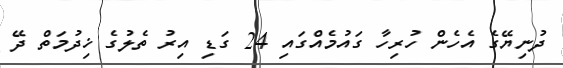
ދުނިޔޭގެ އެހެން ހުރިހާ ގައުމެއްގައި 24 ގަޑި އިރު ތެލުގެ ޚިދުމަތް ދޭ